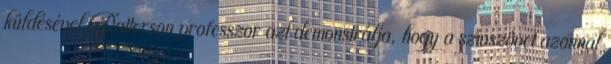
küldésével Patterson professzor azt demonstrálja, hogy a szívszövet azonnal